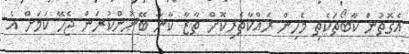
އެގޮތުން ކާބޯތަކެތި މެހިން ރައްކާތެރިކޮށް ތާޒާ ކާނާ ބޭނުންކުރަން ޖެހޭ ކަމަށް އެ